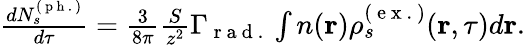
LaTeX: \begin{array}{r}{\frac{dN_{s}^{(\mathrm{~p~h~.~})}}{d\tau}=\frac{3}{8\pi}\frac{S}{z^{2}}\Gamma_{\mathrm{~r~a~d~.~}}\int n(\textbf{r})\rho_{s}^{(\mathrm{~e~x~.~})}(\textbf{r},\tau)d\textbf{r}.}\end{array}